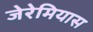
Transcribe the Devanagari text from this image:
जेरेमियास